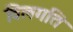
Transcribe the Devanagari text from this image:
विलगति